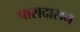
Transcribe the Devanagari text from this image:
पासदारान